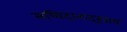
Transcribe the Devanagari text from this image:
सच्चिदानन्दरूपाय